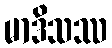
မာဒိသဿ